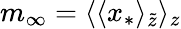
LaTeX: m_{\infty}=\langle\langle x_{*}\rangle_{\tilde{z}}\rangle_{z}